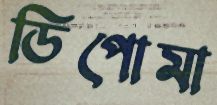
ডিপোমা